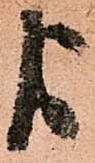
よ